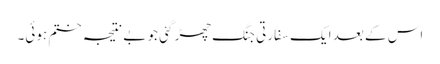
اس کے بعد ایک سفارتی جنگ چھڑ گئی جو بے نتیجہ ختم ہوئی۔